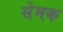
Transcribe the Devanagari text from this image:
सेमक